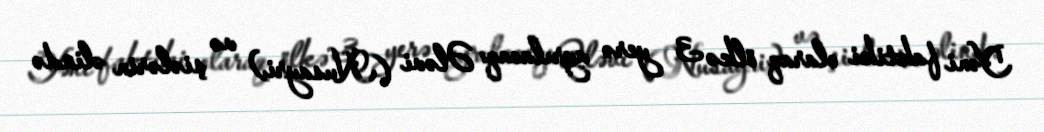
Yəni faktiki olaraq ölkə 3 yerə ayrılacaq: Ələvi (Nusayri) və şiələrin əlində